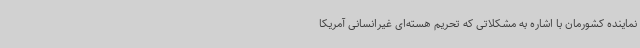
نماینده کشورمان با اشاره به مشکلاتی که تحریم هسته‌ای غیرانسانی آمریکا